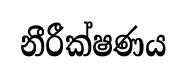
නීරීක්ෂණය